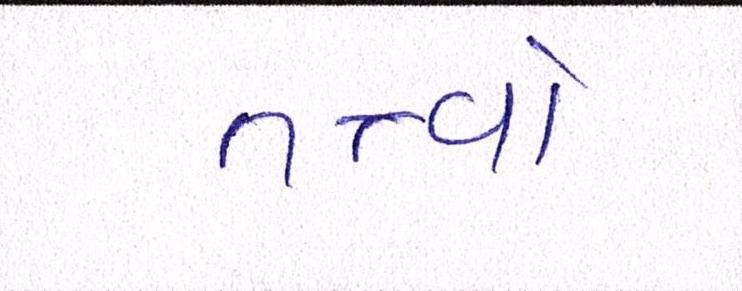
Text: તત્ત્વો